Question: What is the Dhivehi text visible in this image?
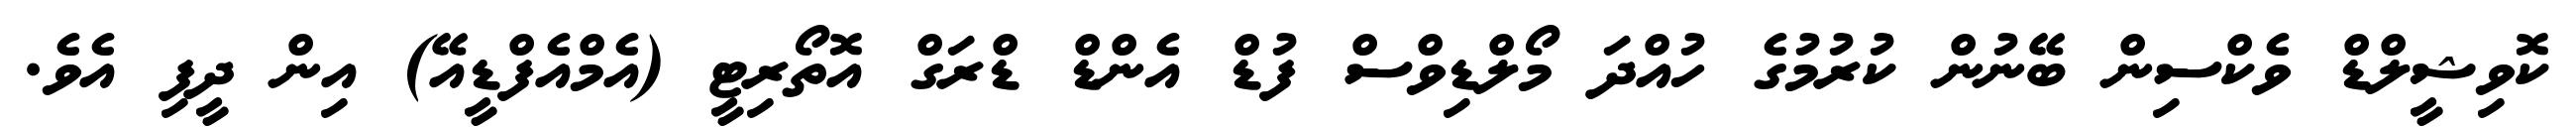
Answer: ކޮވިޝީލްޑް ވެކްސިން ބޭނުން ކުރުމުގެ ހުއްދަ މޯލްޑިވްސް ފުޑް އެންޑް ޑްރަގް އޮތޯރިޓީ (އެމްއެފްޑީއޭ) އިން ދީފި އެވެ.